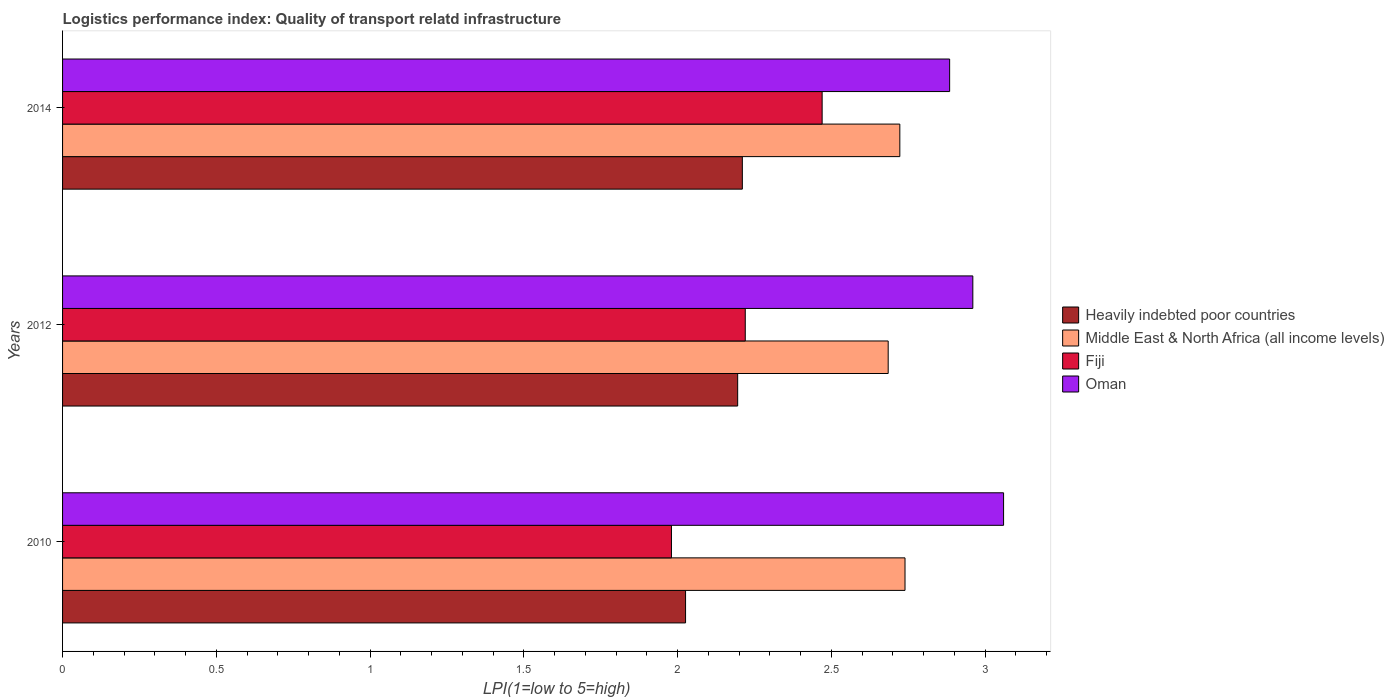
| Years | Heavily indebted poor countries | Middle East & North Africa (all income levels) | Fiji | Oman |
 | --- | --- | --- | --- | --- |
 | 2010 | 2.03 | 2.74 | 1.98 | 3.06 |
 | 2012 | 2.2 | 2.68 | 2.22 | 2.96 |
 | 2014 | 2.21 | 2.72 | 2.47 | 2.88 |